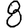
Digit: 8